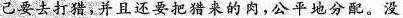
己要去打猎，并且还要把猎来的肉，公平地分配。没